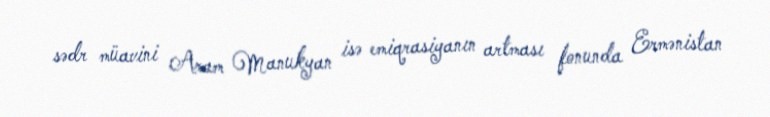
sədr müavini Aram Manukyan isə emiqrasiyanın artması fonunda Ermənistan